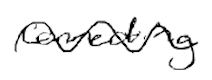
Text: connecting
Cross-out: wave
Writing tool: digital_black